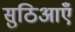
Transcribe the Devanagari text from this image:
सुठिआएँ